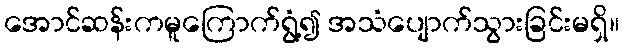
အောင်ဆန်းကမူကြောက်ရွံ့၍ အသံပျောက်သွားခြင်းမရှိ။